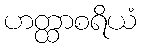
ဟတ္ထာစရိယံ